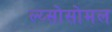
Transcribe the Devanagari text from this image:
ल्य्सोसोमल